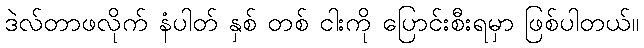
ဒဲလ်တာဖလိုက် နံပါတ် နှစ် တစ် ငါးကို ပြောင်းစီးရမှာ ဖြစ်ပါတယ်။